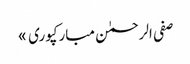
صفی الرحمٰن مبارکپوری »